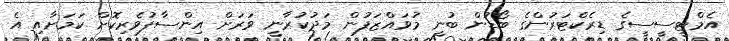
އެމްޓީސީސީގެ ޑިރެކްޓަރުންގެ ބޯޑުން ބުނީ މުވައްޒަފުން މަދުކުރާނީ ވަރަށް އިންސާފުވެރިކޮށް ކަމަށާއި އެ